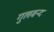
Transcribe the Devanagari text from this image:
गुलबन्द